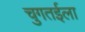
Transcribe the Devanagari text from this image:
चुगतईला